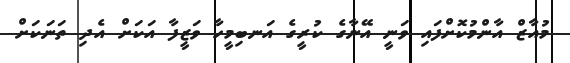
މުއާޒް އާންމުކޮށްފައި ވަނީ އޭނާގެ ކުރީގެ އަނބިމީހާ ވަޒީފާ އަކަށް އެދި ތަނަކަށް